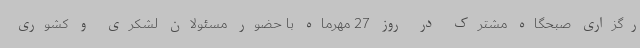
رگزاری صبحگاه مشترک در روز 27 مهرماه با حضور مسئولان لشکری و کشوری